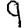
Digit: 9